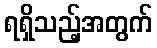
ရရှိသည့်အတွက်